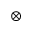
\otimes